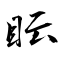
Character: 眃